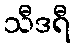
သီဒရီ